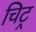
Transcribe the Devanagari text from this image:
चिट्र